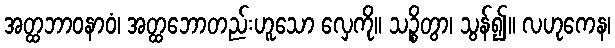
အတ္ထဘာဝနာဝံ၊ အတ္ထဘောတည်းဟူသော လှေကို။ သဉ္စိတွာ၊ သွန်၍။ လဟုကေန၊